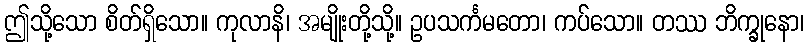
ဤသို့သော စိတ်ရှိသော။ ကုလာနိ၊ အမျိုးတို့သို့။ ဥပသင်္ကမတော၊ ကပ်သော။ တဿ ဘိက္ခုနော၊